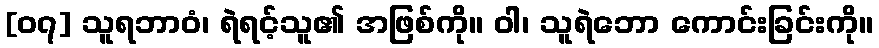
[၀၇] သူရဘာဝံ၊ ရဲရင့်သူ၏ အဖြစ်ကို။ ဝါ၊ သူရဲဘော ကောင်းခြင်းကို။